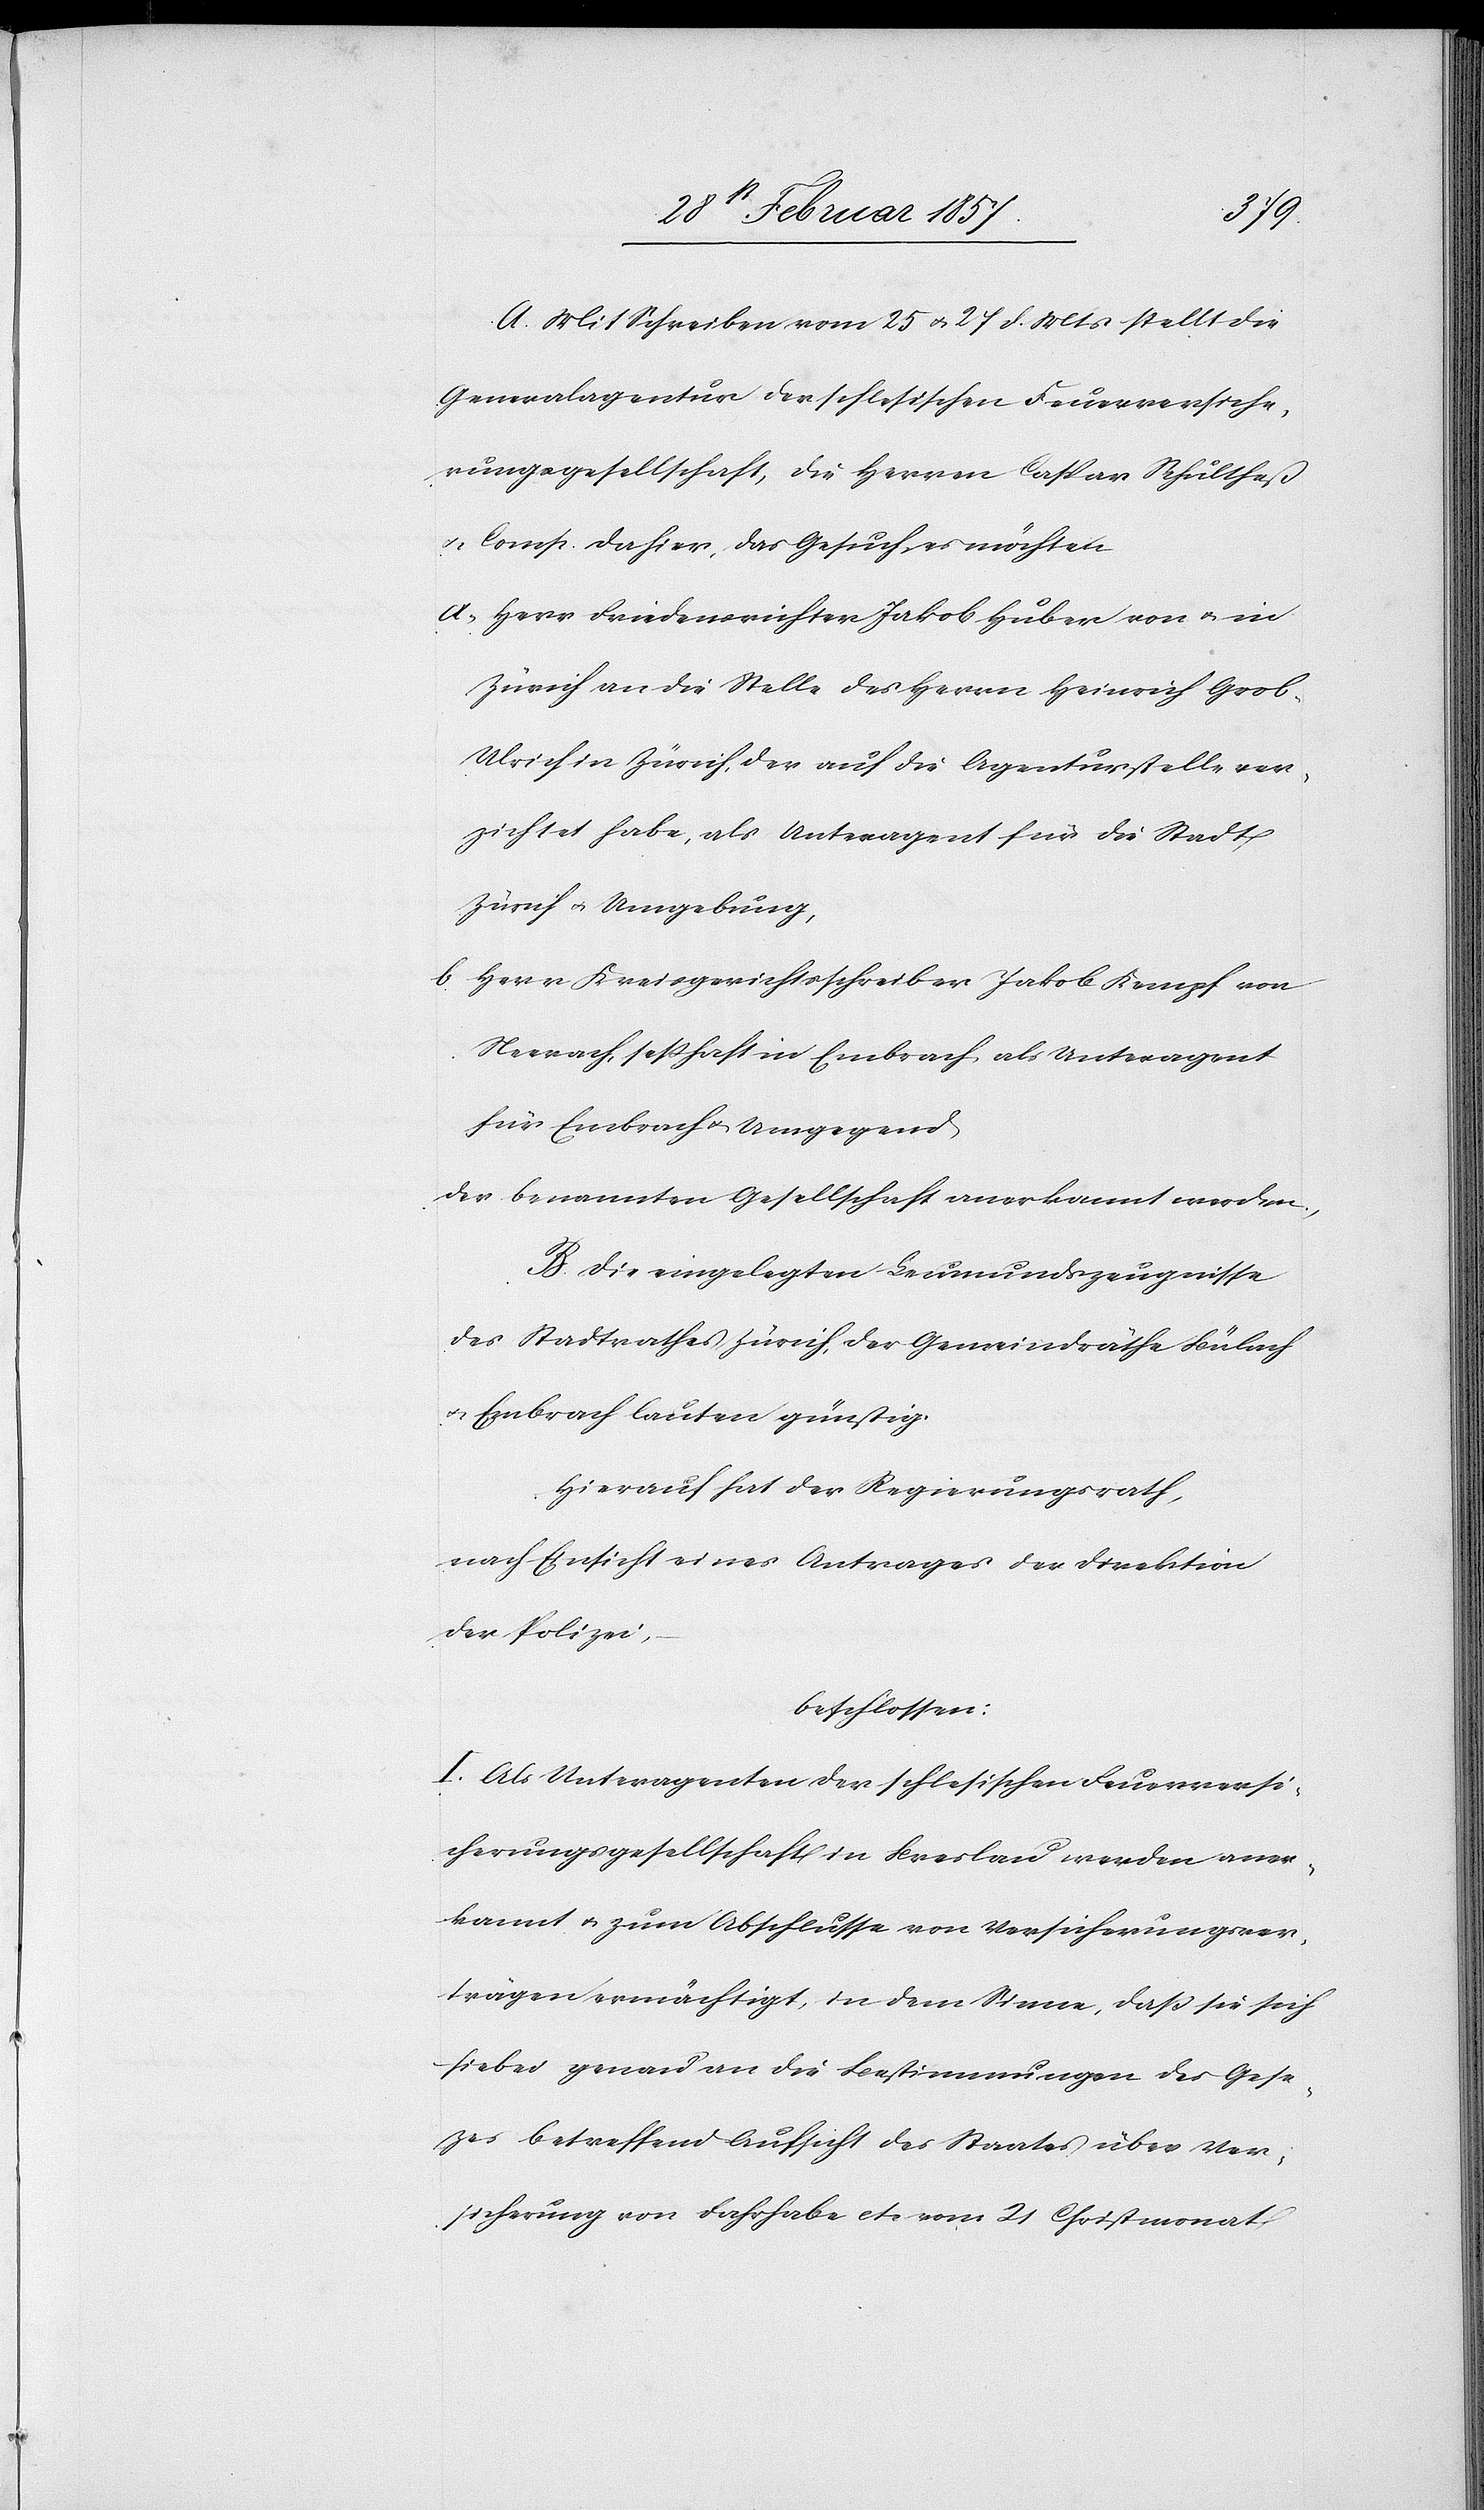
A. Mit Schreiben vom 25 u. 27 d. Mts stellt die
Generalagentur der schlesischen Feuerversiche¬
rungsgesellschaft, die Herren Caspar Schultheß
u. Comp. dahier, das Gesuch, es möchten
a. Herr Friedensrichter Jakob Huber von u. in
Zürich an die Stelle des Herrn Heinrich Grob-U¬
lrich in Zürich, der auf die Agenturstelle ver¬
zichtet habe, als Unteragent für die Stadt
Zürich u. Umgebung,
b. Herr Kreisgerichtsschreiber Jakob Kempf von
Neerach, seßhaft in Embrach als Unteragent
für Embrach u. Umgegend
der benannten Gesellschaft anerkannt werden,
B. Die eingelegten Leumundszeugnisse
des Stadtrathes Zürich, der Gemeindräthe Bülach
u. Embrach lauten günstig.
Hierauf hat der Regierungsrath,
nach Einsicht eines Antrages der Direktion
der Polizei,
beschlossen:
I. Als Unteragenten der schlesischen Feuerversi¬
cherungsgesellschaft in Breslau werden aner¬
kannt u. zum Abschlusse von Versicherungsver¬
trägen ermächtigt, in dem Sinne, daß sie sich
hiebei genau an die Bestimmungen des Gesezes
betreffend Aufsicht des Staates über Ver¬
sicherung von Fahrhabe etc. vom 21 Christmonat